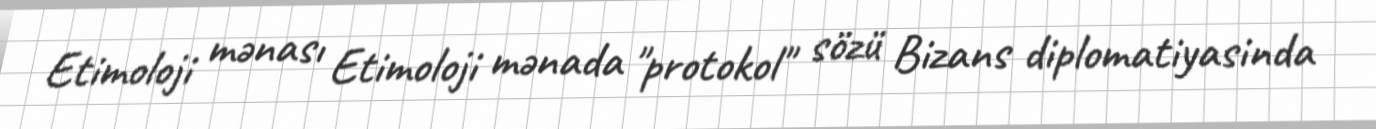
Etimoloji mənası Etimoloji mənada "protokol" sözü Bizans diplomatiyasinda